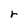
Character: r